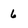
Character: 6